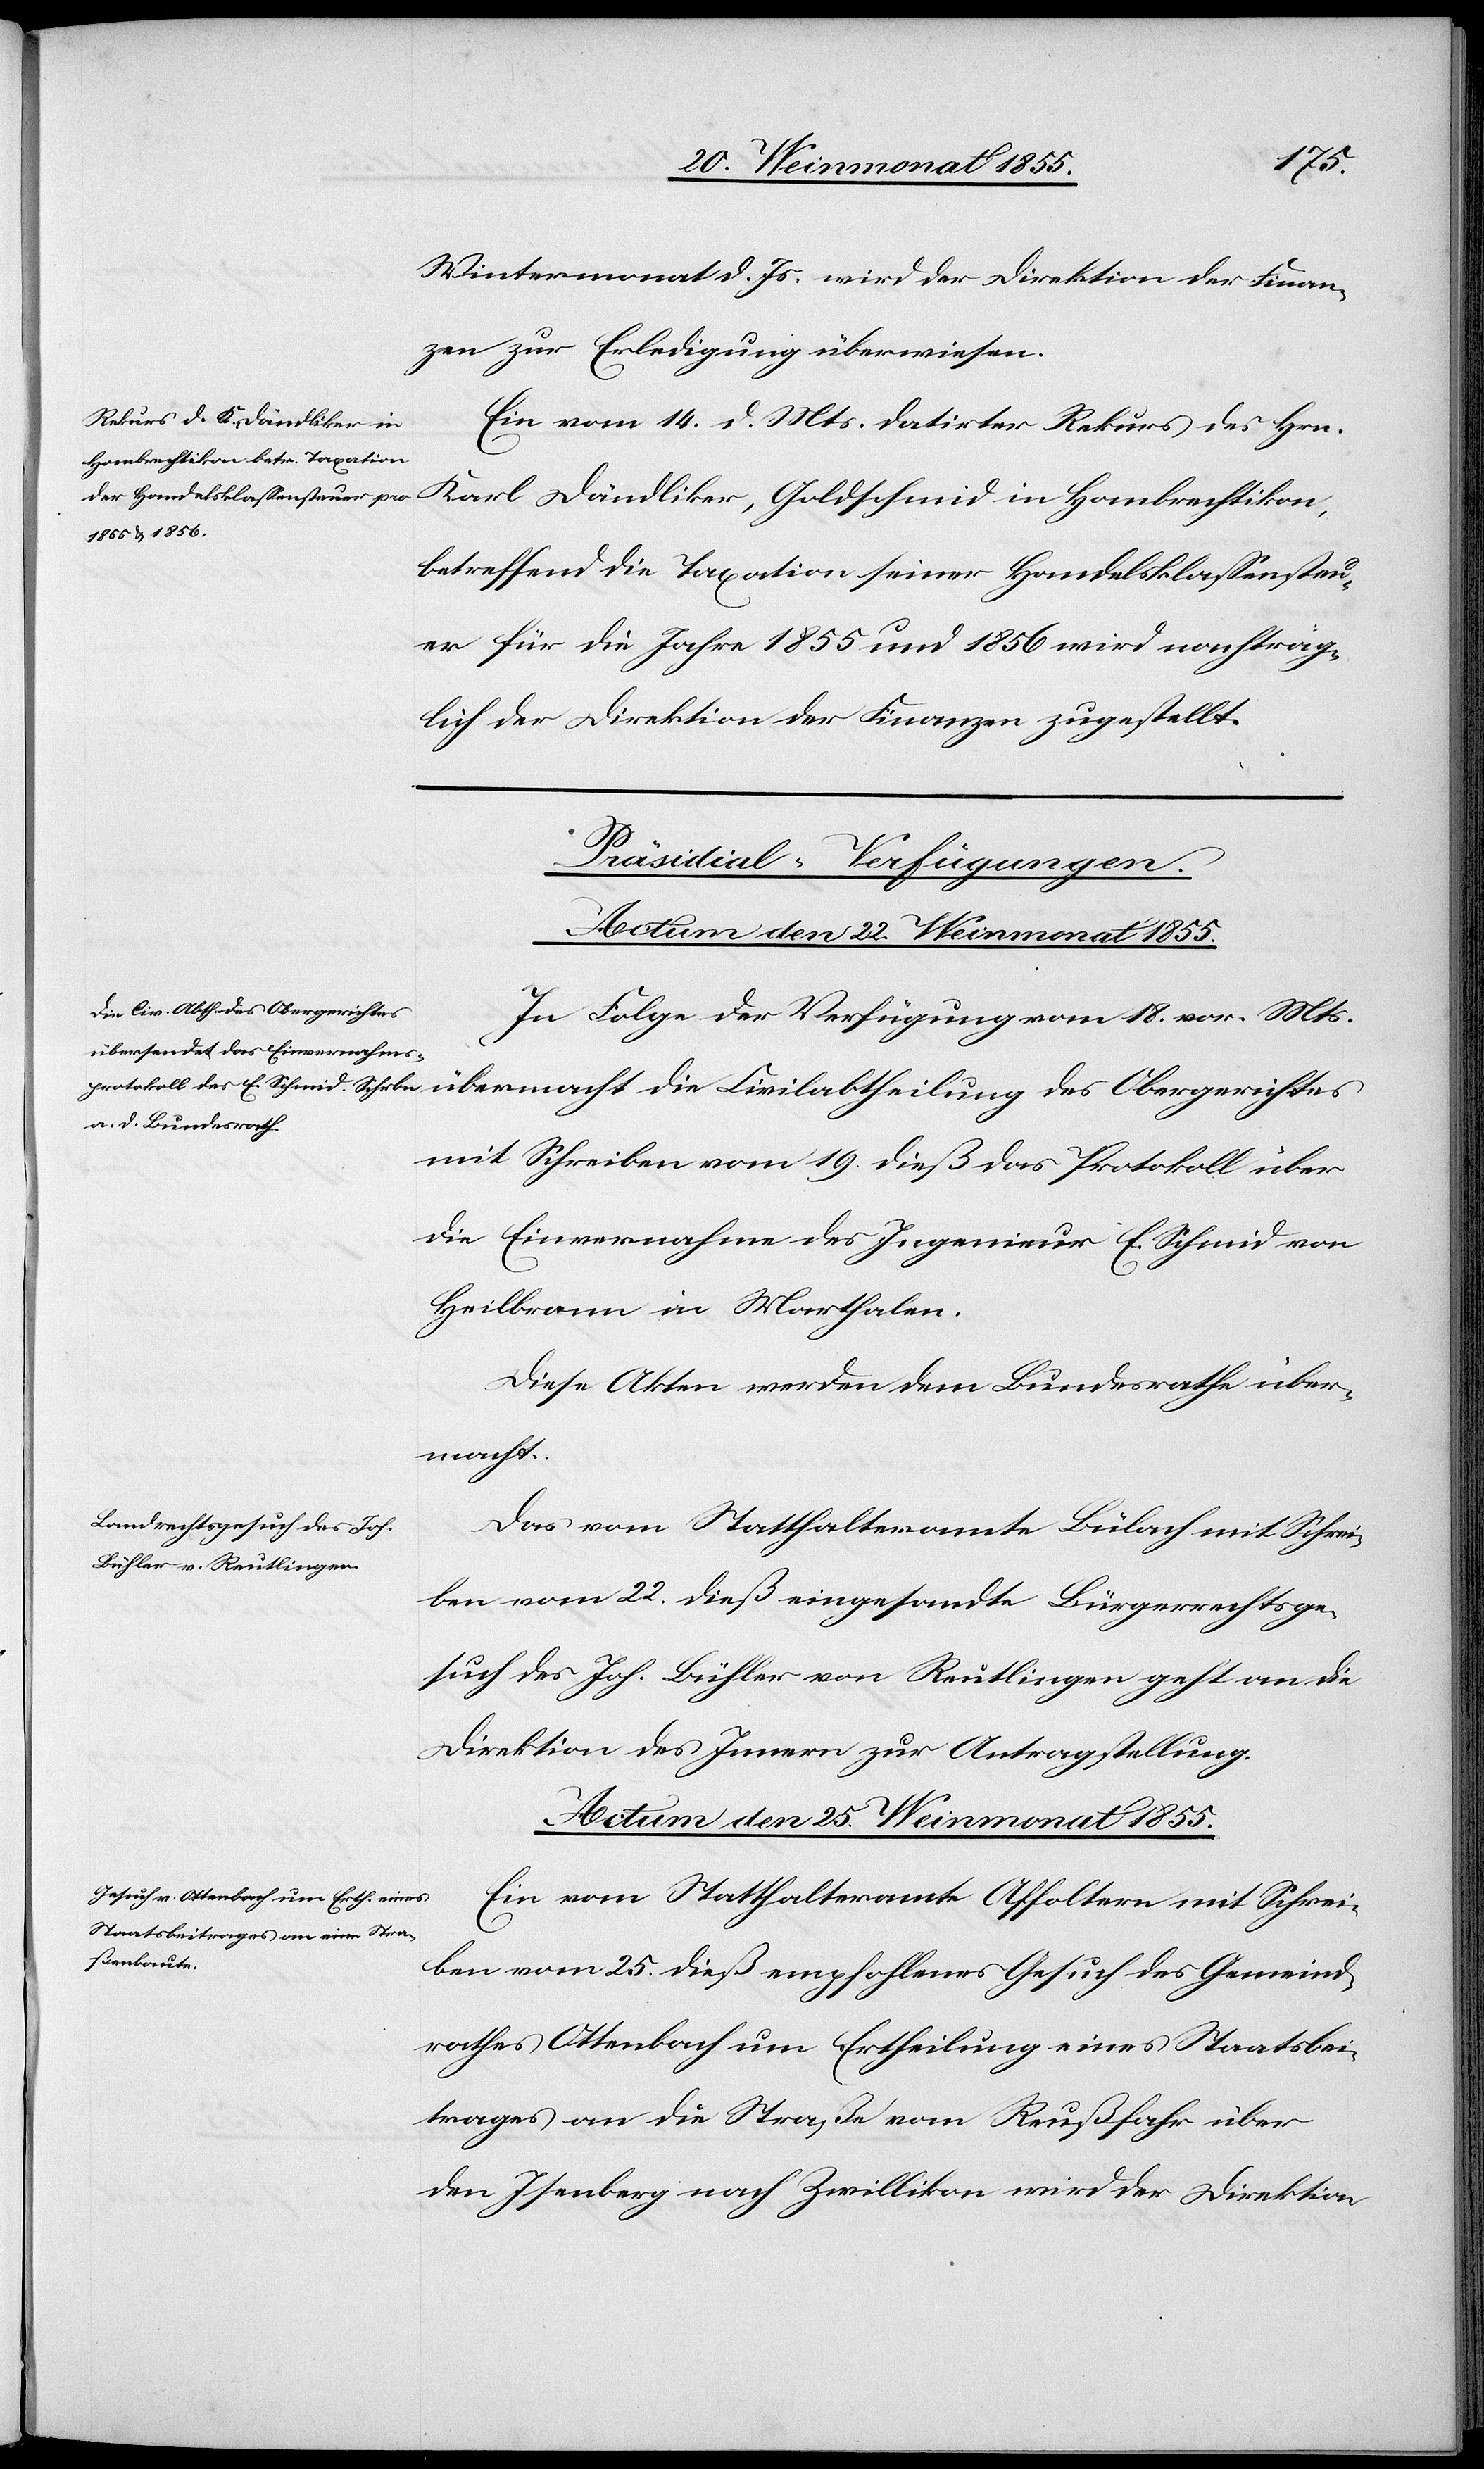
Wintermonat d. Js. wird der Direktion der Finan¬
zen zur Erledigung überwiesen.
Ein vom 14. d. Mts. datirter Rekurs des Hrn.
Karl Dändliker, Goldschmid in Hombrechtikon,
betreffend die Taxation seiner Handelsklassensteu¬
er für die Jahre 1855 und 1856 wird nachträg¬
lich der Direktion der Finanzen zugestellt.
[Präsidial-Verfügungen.]
die Civilabtheilung des Obergerichtes
In Folge der Verfügung vom 18. vor. Mts.
mit Schreiben vom 19. dieß das Protokoll über
die Einvernahme des Ingenieur E. Schmid von
Heilbronn in Marthalen.
Diese Akten werden dem Bundesrathe über¬
macht.
Das vom Statthalteramte Bülach mit Schrei¬
ben vom 22. dieß eingesandte Bürgerrechtsge¬
such des Joh. Bühler von Reutlingen geht an die
Direktion des Innern zur Antragstellung.
Actum den 25. Weinmonat 1855.
Ein vom Statthalteramte Affoltern mit Schrei¬
ben vom 25. dieß empfohlenes Gesuch des Gemeind¬
rathes Ottenbach um Ertheilung eines Staatsbei¬
trages an die Straße vom Reußfahr über
den Isenberg nach Zwillikon wird der Direktion